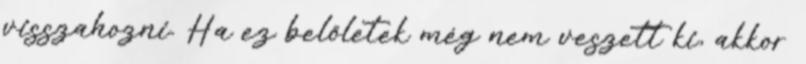
visszahozni. Ha ez belőletek még nem veszett ki, akkor